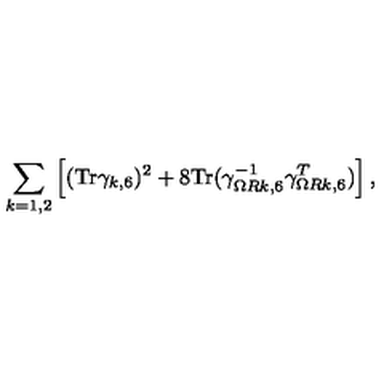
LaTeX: \sum _ { k = 1 , 2 } \left[ ( \mathrm { T r } \gamma _ { k , 6 } ) ^ { 2 } + 8 \mathrm { T r } ( \gamma _ { \Omega R k , 6 } ^ { - 1 } \gamma _ { \Omega R k , 6 } ^ { T } ) \right] ,